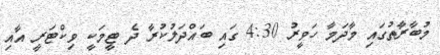
މުބާރާތުގައި މާދަމާ ހަވީރު 4:30 ގައި ބައްދަލުކުރާ ދެ ޓީމަކީ ވިކްޓަރީ އާއި